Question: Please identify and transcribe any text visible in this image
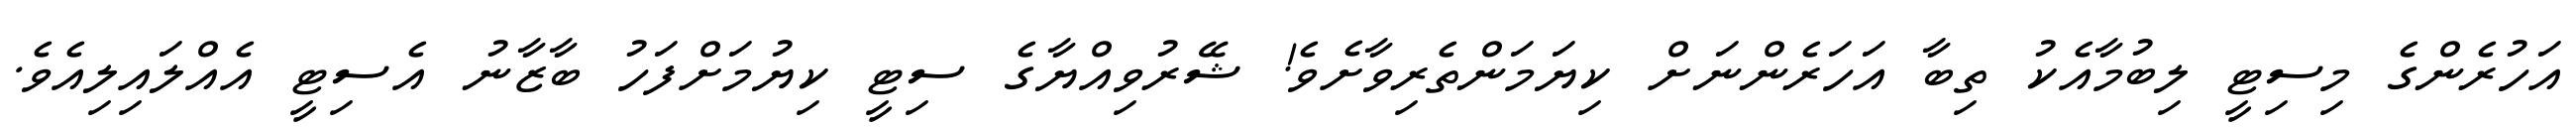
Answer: އަހުރެންގެ މިސިޓީ ލިބުމާއެކު ތިބާ އަހަރެންނަށް ކިޔަމަންތެރިވާށެވެ! ޝޭރުވިއްޔާގެ ސިޓީ ކިޔުމަށްފަހު ބާޒާނު އެސިޓީ އެއްލައިލިއެވެ.